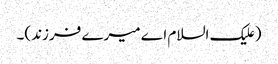
(علیک السلام اے میرے فرزند)۔